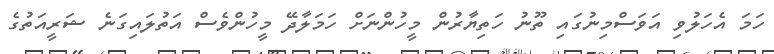
ހަމަ އެހަލުވި އަވަސްމިނުގައި ތޫނު ހަތިޔާރުން މީހުންނަށް ހަމަލާދޭ މީހުންވެސް އަތުލައިގަނެ ޝަރީއަތުގެ